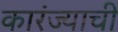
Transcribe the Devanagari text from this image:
कारंज्याची